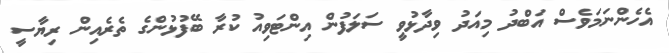
އެހެންނަމަވެސް އަބްދު މިއަދު ވިދާޅުވީ ސަލަފުން އިންޓަވިއު ކުރާ ބޭފުޅުންގެ ތެެރެއިން ރިޔާސީ